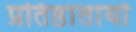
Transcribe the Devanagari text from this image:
प्रतिष्ठातायों